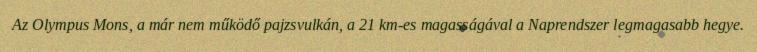
Az Olympus Mons, a már nem működő pajzsvulkán, a 21 km-es magasságával a Naprendszer legmagasabb hegye.